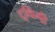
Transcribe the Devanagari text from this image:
ट्विगी